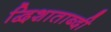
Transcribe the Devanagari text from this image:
द्विशाताब्दी